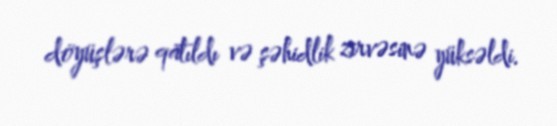
döyüşlərə qatıldı və şəhidlik zirvəsinə yüksəldi.